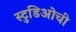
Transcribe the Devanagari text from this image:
स्टुडिओची